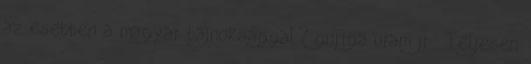
az esetben a magyar bajnoksággal? guriga uram jr.: Teljesen